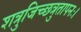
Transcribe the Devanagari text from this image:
शत्रुजिच्छत्रुतापनः।